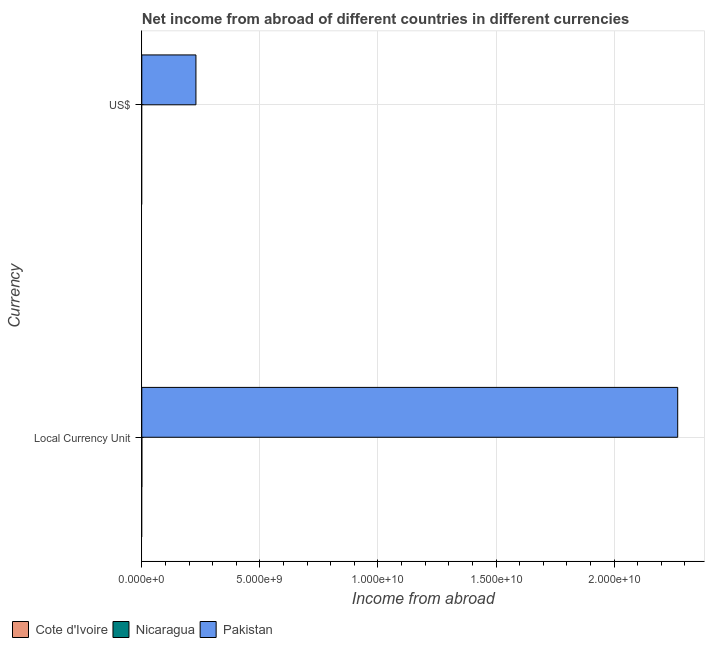
| Currency | Cote d'Ivoire | Nicaragua | Pakistan |
 | --- | --- | --- | --- |
 | Local Currency Unit | -1.42e+11 | -0.357 | 2.27e+10 |
 | US$ | -5.22e+08 | -1.8e+08 | 2.29e+09 |